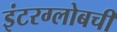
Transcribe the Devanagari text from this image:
इंटरग्लोबची